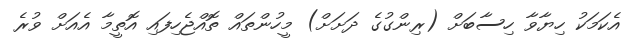
އެކަމަކު ހިޔާވާ ހިސާބަށް (ރިންގުގެ ދަށަށް) މީހުންތައް ތޮއްޖެހިފައި އޮތީމާ އެއަށް ވުރެ